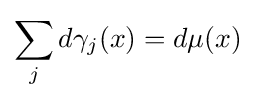
\sum _{j}d\gamma _{j}(x)=d\mu (x)